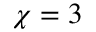
\chi = 3